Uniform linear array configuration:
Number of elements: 32
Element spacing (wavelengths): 1
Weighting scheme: binomial
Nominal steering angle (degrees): -30
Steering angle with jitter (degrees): -29.142
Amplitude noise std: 0.05
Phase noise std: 0.05

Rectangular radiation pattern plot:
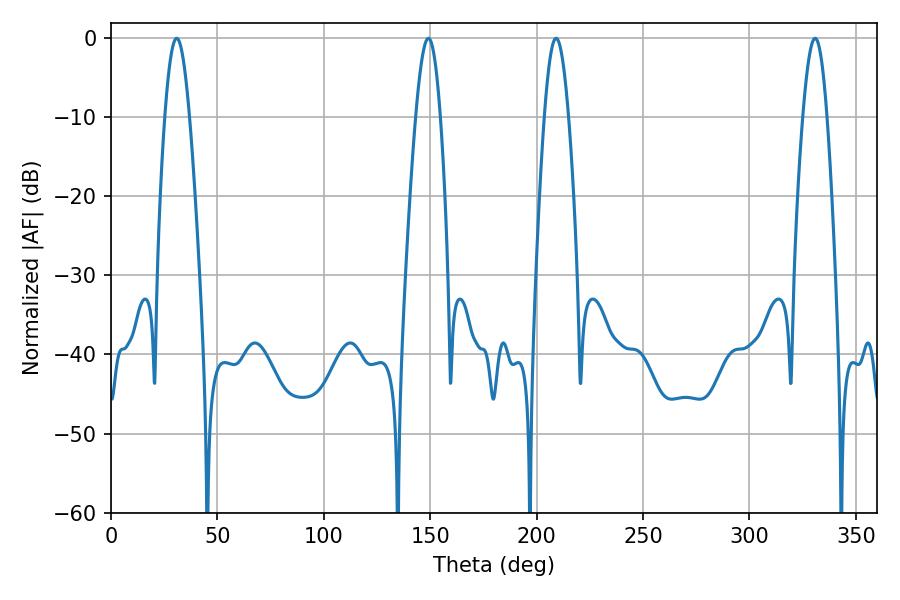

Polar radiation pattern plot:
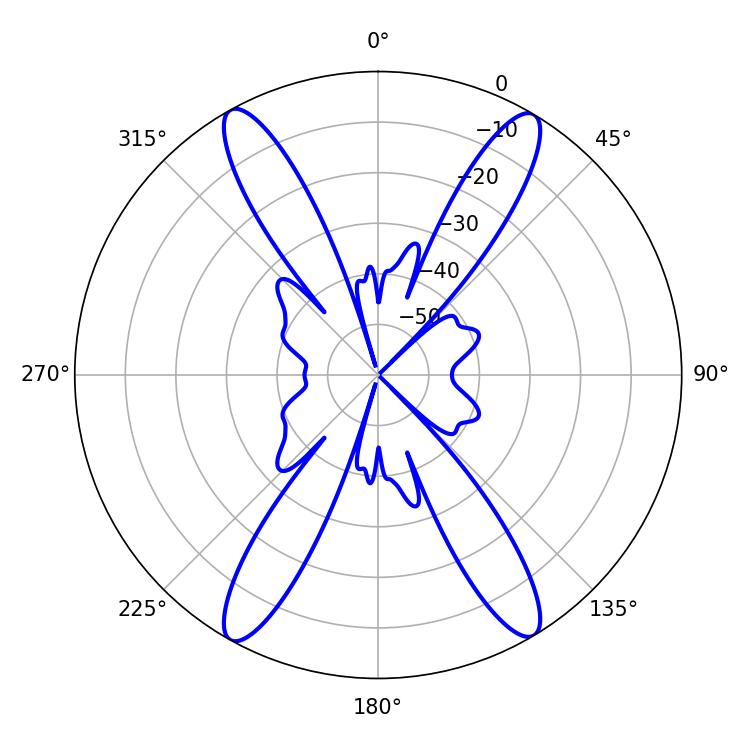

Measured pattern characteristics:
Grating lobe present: TRUE
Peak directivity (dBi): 23.811
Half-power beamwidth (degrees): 6.12
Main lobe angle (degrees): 209.16